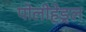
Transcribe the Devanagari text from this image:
पोलीहेड्रल